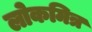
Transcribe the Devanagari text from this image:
लोकमित्र